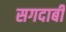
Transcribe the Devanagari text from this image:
सगदाबी